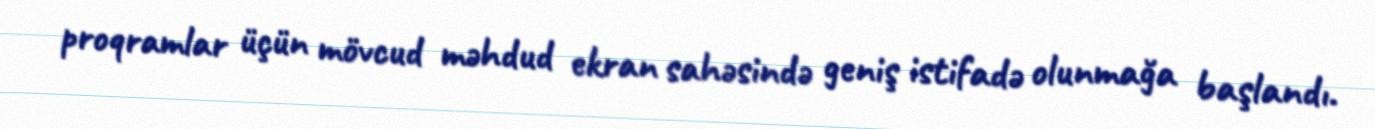
proqramlar üçün mövcud məhdud ekran sahəsində geniş istifadə olunmağa başlandı.